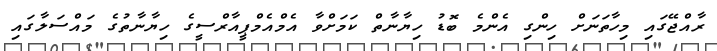
ރާއްޖޭގައި މިހާތަނަށް ހިންގި އެންމެ ބޮޑު ހިޔާނާތް ކަމަށްވާ އެމްއެމްޕީއާރްސީގެ ހިޔާނާތުގެ މައްސަލާގައި